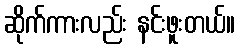
ဆိုက်ကားလည်း နင်းဖူးတယ်။